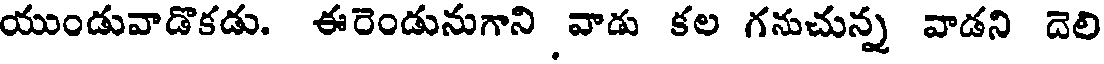
యుండువాడొకడు. ఈరెండునుగాని వాడు కల గనుచున్న వాడని దెలి